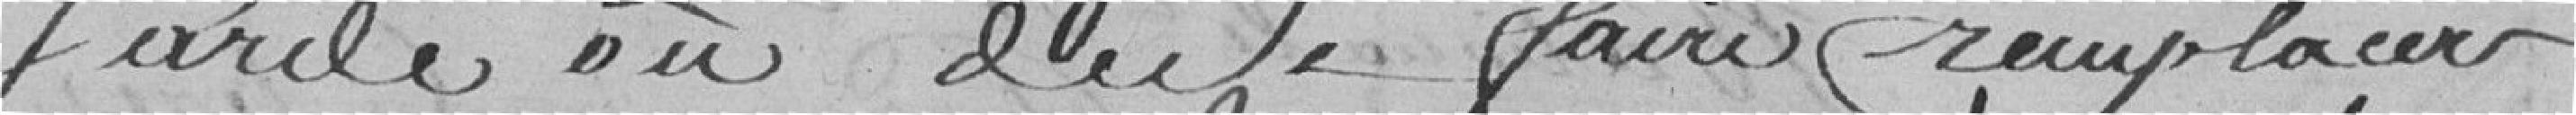
Parole où du se faire remplacer